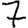
Digit: 7